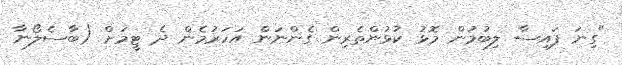
"ގިނަ ފައިސާ ލިބުމުން މޮޅު ކުޅުންތެރިން ގެންނަން އަހަރުމެން ދެ ޓީމަށް (ބާސެލޯނާ